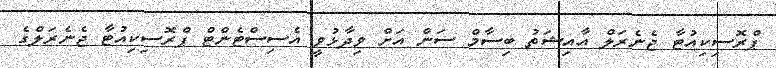
ޕްރޮސިކިއުޓާ ޖެނެރަލް އާއިޝަތު ބިސާމް ސަން އަށް ވިދާޅުވީ އެސިސްޓެންޓް ޕްރޮސިކިއުޓާ ޖެނެރަލްގެ